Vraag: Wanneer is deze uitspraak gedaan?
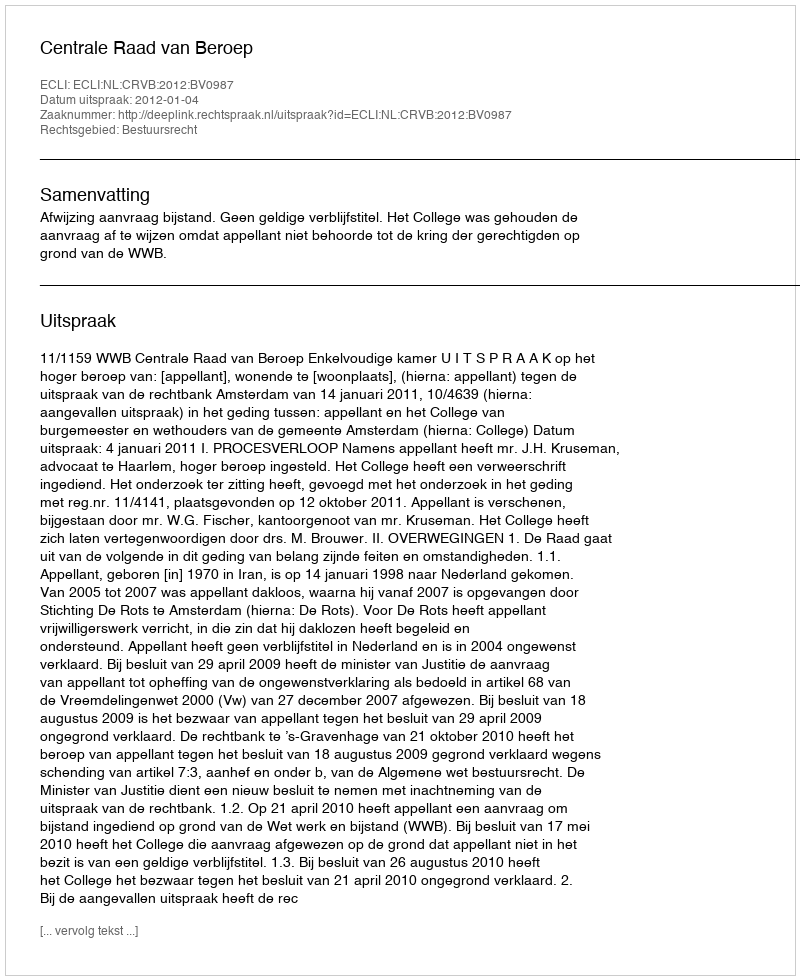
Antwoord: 2012-01-04